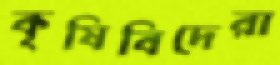
কৃষিবিদেরা